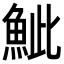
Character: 𩶆